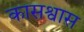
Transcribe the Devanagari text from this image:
कासश्वास